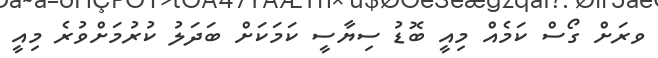
ވރަށް ގޯސް ކަމެއް މިއީ ބޮޑު ސިޔާސީ ކަމަކަށް ބަދަލު ކުރުމަށްވުރެ މިއީ